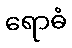
ရောဓံ